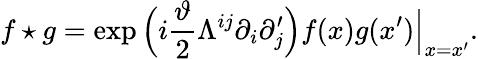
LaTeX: f\star g=\exp\Big(i\frac{\vartheta}{2}\Lambda^{ij}\partial_{i}\partial_{j}^{\prime}\Big)f(x)g(x^{\prime})\Big\vert_{x=x^{\prime}}.